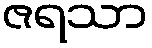
ဇရသာ